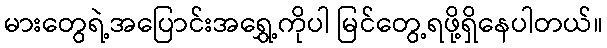
မားတွေရဲ့အပြောင်းအရွှေ့ကိုပါ မြင်တွေ့ရဖို့ရှိနေပါတယ်။